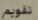
تقويم